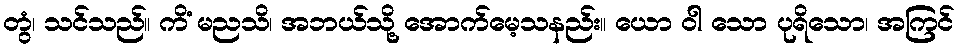
တွံ၊ သင်သည်။ ကိံ မညသိ၊ အဘယ်သို့ အောက်မေ့သနည်း။ ယော ဝါ သော ပုရိသော၊ အကြင်